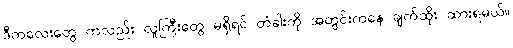
ဒီကလေးတွေ ကလည်း လူကြီးတွေ မရှိရင် တံခါးကို အတွင်းကနေ ချက်ထိုး ထားရမယ်။